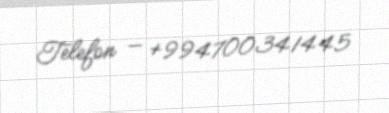
Telefon — +994700341445